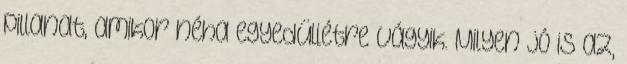
pillanat, amikor néha egyedüllétre vágyik. Milyen jó is az,